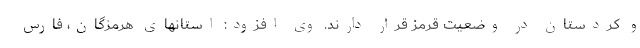
و کردستان در وضعیت قرمز قرار دارند. وی افزود: استانهای هرمزگان، فارس